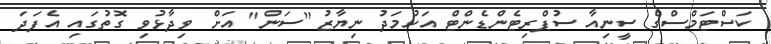
ކަސްޓަމްސްގެ ސީނިއާ ސުޕްރިޓެންޑެންޓް އަހުމަދު ނިޔާޒު "ސަން" އަށް ވިދާޅުވި ގޮތުގައި އެފަދަ